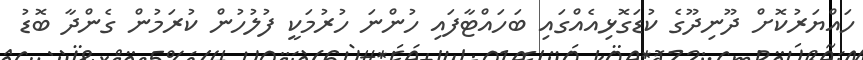
ހައްޔަރުކޮށް ދޫނިދޫގެ ކުޑަގޮޅިއެއްގައި ބަހައްޓާފައި ހުންނަ ހުރުމަކީ ފުލުހުން ކުރަމުން ގެންދާ ބޮޑު